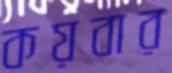
কয়বার